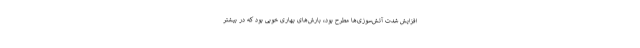
افزایش شدت آتش‌سوزی‌ها مطرح بود، بارش‌های بهاری خوبی بود که در بیشتر